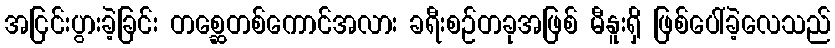
အငြင်းပွားခဲ့ခြင်း တစ္ဆေတစ်ကောင်အလား ခရီးစဉ်တခုအဖြစ် မီနူးရှိ ဖြစ်ပေါ်ခဲ့လေသည်